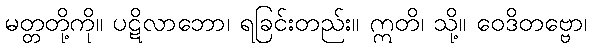
မတ္တတို့ကို။ ပဋိလာဘော၊ ရခြင်းတည်း။ ဣတိ၊ သို့။ ဝေဒိတဗ္ဗော၊